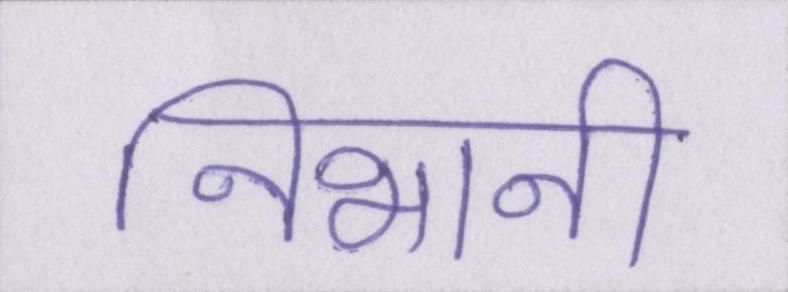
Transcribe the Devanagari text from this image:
निभानी